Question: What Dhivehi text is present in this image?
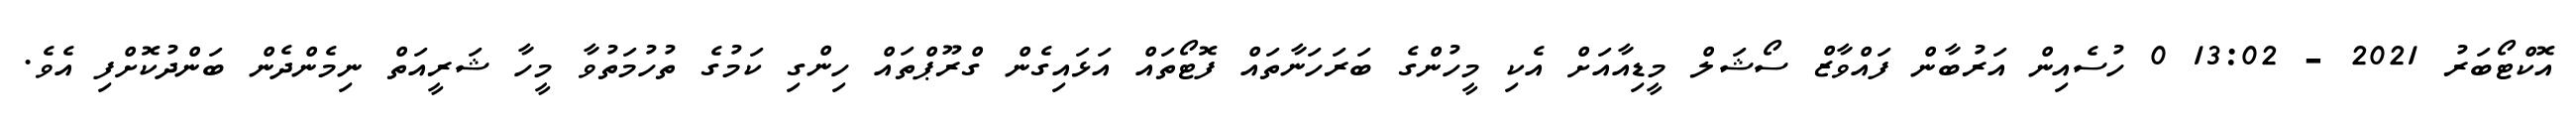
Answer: އޮކްޓޯބަރު 2021 - 13:02 0 ހުސެއިން އަރުބާން ފައްވާޒް ސޯޝަލް މީޑިއާއަށް އެކި މީހުންގެ ބަރަހަނާތައް ފޮޓޯތައް އަޅައިގެން ގްރޫޕްތައް ހިންގި ކަމުގެ ތުހުމަތުވާ މީހާ ޝަރީއަތް ނިމެންދެން ބަންދުކޮށްފި އެވެ.